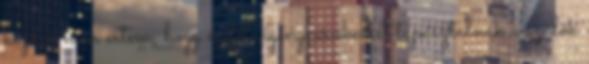
kezdve nem értem, hogy miféle igénynövekedést tapasztalnak a szülők